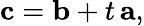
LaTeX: \mathbf{c}=\mathbf{b}+t\, \mathbf{a},